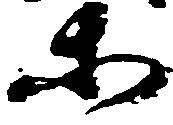
等